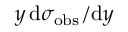
y \, \mathrm { d } \sigma _ { \mathrm { o b s } } / \mathrm { d } y